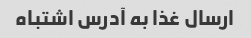
ارسال غذا به آدرس اشتباه